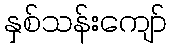
နှစ်သန်းကျော်